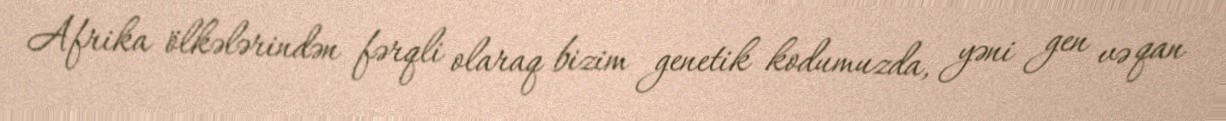
Afrika ölkələrindən fərqli olaraq bizim genetik kodumuzda, yəni gen və qan